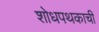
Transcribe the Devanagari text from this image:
शोधपथकाची